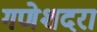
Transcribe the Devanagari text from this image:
गणेशदरा